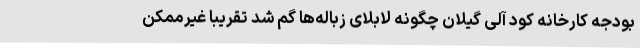
بودجه کارخانه کود آلی گیلان چگونه لابلای زباله‌ها گم شد تقریبا غیرممکن